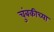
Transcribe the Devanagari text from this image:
चुंबकीच्या